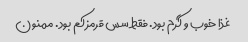
غذا خوب و گرم بود. فقط سس قرمز کم بود. ممنون